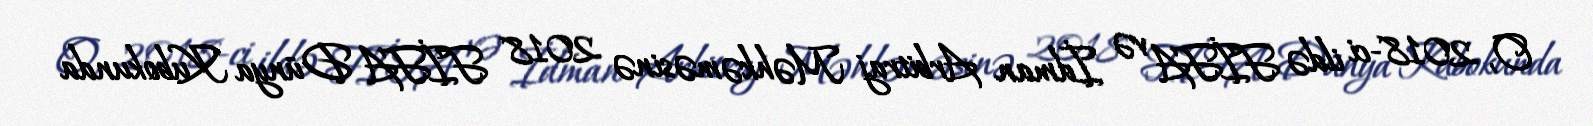
O, 2018-ci ildə FİFA və İdman Arbitraj Məhkəməsinə 2018 FİFA Dünya Kubokunda